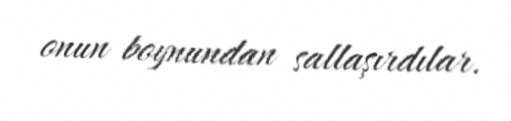
onun boynundan sallaşırdılar.